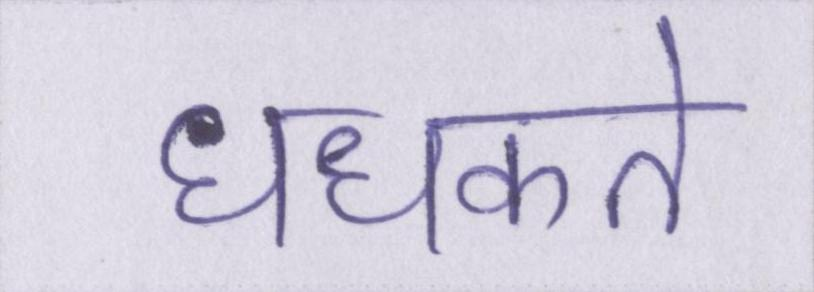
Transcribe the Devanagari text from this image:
धधकते